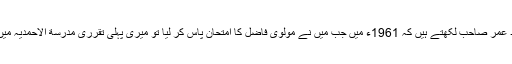
مکرم مولوی محمد عمر صاحب لکھتے ہیں کہ 1961ء میں جب میں نے مولوی فاضل کا امتحان پاس کر لیا تو میری پہلی تقرری مدرسة الاحمدیہ میں پڑھانے پہ ہوئی۔